Report on vaccination in Madras 1895-1903 - 1895-1903
Year: 1895
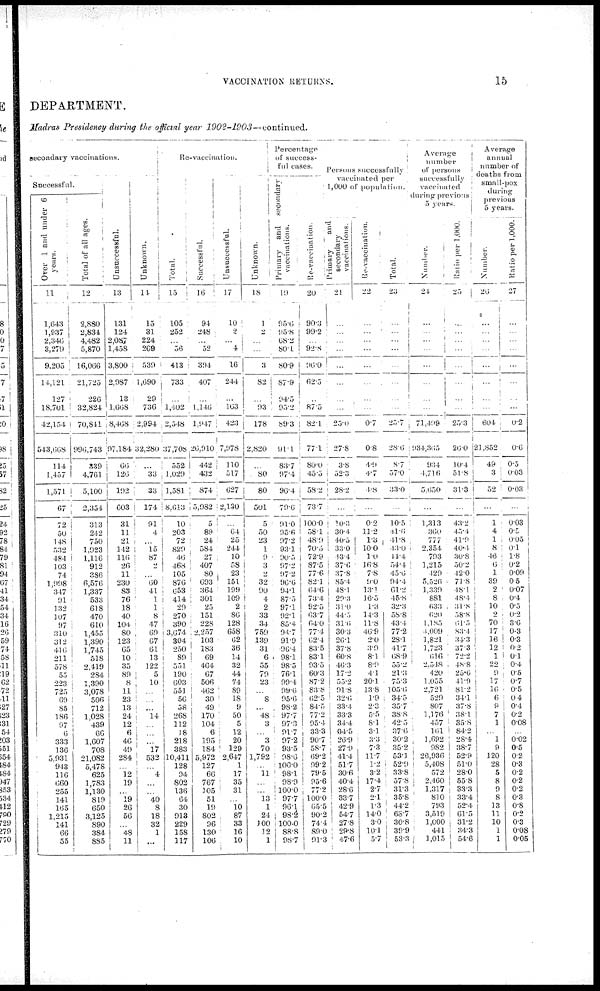
VACCINATION RETURNS.
15
DEPARTMENT.
Madras Presidency during the official year
1902-1903—continued.
secondary vaccinations.
Successful.
Over 1 and under 6
years.
11
1,643
1,937
2,346
3,279
9,205
14,121
127
18,701
42,154
543,668
114
1,457
1,571
67
72
50
148
532
484
103
74
1,998
347
91
132
107
97
310
312
416
211
578
55
223
725
60
85
186
97
6
333
136
5,031
943
116
660
255
141
165
1,215
141
66
55
Total of all ages.
12
2,880
2,834
4,482
5,870
16,066
21,725
226
32,824
70,841
996,743
339
4,761
5,100
2,354
313
242
750
1,923
1,116
912
386
6,576
1,337
533
618
470
610
1,455
1,390
1,745
518
2,419
284
1,390
3,078
506
712
1,028
439
66
1,607
708
21,082
5,478
625
1,783
1,130
819
650
3,125
890
384
885
Unsuccessful.
13
131
124
2,087
1,458
3,800
2,987
13
1,668
8,468
97,184
66
126
192
603
31
11
21
142
116
26
11
230
83
76
18
40
104
80
123
65
10
35
89
8
11
23
13
24
12
6
46
49
284
...
12
19
...
19
26
56
...
48
11
Re-vaccination.
Unknown.
14
15
31
224
269
539
1,690
29
736
2,994
32,280
...
33
33
174
91
4
...
15
87
...
...
60
41
1
1
8
47
69
67
61
13
122
5
10
...
...
...
14
...
...
...
17
532
...
4
...
...
40
8
18
32
1
...
Total.
15
105
252
...
56
413
733
...
1,402
2,548
37,708
552
1,029
1,581
8,613
10
203
72
829
46
468
105
876
653
414
29
270
390
3,674 ,
304
250
89
551
190
603
551
56
58
268
112
18
218
383
10,411
128
94
802
136
64
30
913
229
158
117
Successful.
16
94
248
...
52
394
407
...
1,146
1,947
26,910
442
432
874
5,982
5
89
24
584
27
407
80
693
364
301
25
151
228
2,257
103
183
69
464
67
506
462
30
49
170
104
6
195
184
5,972
127
66
767
105
51
19
802
96
130
106
Unsuccessful.
17
10
2
...
4
16
244
...
163
423
7,978
110
517
627
2,130
...
64
25
244
10
58
23
151
199
109
2
86
128
658
62
36
14
32
44
74
89
18
9
50
5
12
20
129
2,647
1
17
35
31
...
10
87
33
16
10
Unknown.
18
1
2
...
...
3
82
...
93
178
2,820
...
80
80
501
5
50
23
1
9
3
2
32
90
4
2
33
34
759
139
31
6
55
79
23
...
8
...
48
3
...
3
70
1,792
...
11
...
...
13
1
24
100
12
1
Percentage
of success-
ful cases.
Primary and
secondary
vaccinations.
19
95.6
95.8
68.2
80.1
80.9
87.9
94.5
952
89.3
91.1
83.7
97.4
96.4
79.6
91.0
95.6
97.2
93.1
90.5
97.2
97.2
96.6
94.1
87.5
97.1
92.1
85.4
94.7
91.9
96.4
98.1
98.5
76.1
99.4
99.6
95.6
98.2
97.7
97.3
91.7
97.2
93.5
98.6
100.0
98.1
98.9
100.0
97.7
96.1
98.2
100.0
88.8
98.7
Re-vaccination.
20
90.3
99.2
...
92.8
90.0
62.5
...
87.5
82.1
77.1
80.0
45.5
58.2
73.7
100.0
58.1
48.9
70.5
72.9
87.5
77.6
82.1
64.6
73.4
92.5
63.7
64.0
77.4
62.4
83.5
83.1
93.5
60.3
87.2
83.8
62.5
84.5
77.2
95.4
33.3
90.7
58.7
69.2
99.2
79.5
95.6
77.2
100.0
65.5
90.2
74.4
89.0
91.3
Persons successfully
vaccinated per
1,000 of population.
Primary
and
secondary
vaccinations.
21
...
...
...
...
...
...
...
...
25.0
27.8
3.8
52.3
28.2
...
10.3
30.4
40.5
33.0
43.4
37.6
37.8
85.4
48.1
29.3
31.0
44.5
31.6
30.3
26.1
37.8
60.8
40.3
17.2
55.2
91.8
32.6
33.4
33.3
34.4
84.5
26.9
27.9
2 41.4
51.7
30.6
40.4
28.6
33.7
42.9
54.7
27.8
29.8
47.6
Re-vaccination.
22
...
...
...
...
...
...
...
...
0.7
0.8
4.9
4.7
4.8
...
0.2
11.2
1.3
10.0
1.0
16.8
7.8
9.0
13.1
16.5
1.3
14.3
11.8
46.9
2.0
3.9
8.1
8.9
4.1
20.1
13.8
1.9
2.3
5.5
8.1
3.1
3.3
7.3
11.7
1.2
3.2
17.4
2.7
2.1
1.3
14.0
3.0
10.1
5.7
Total.
23
...
...
...
...
...
...
...
...
25.7
28.6
8.7
57.0
33.0
...
10.5
11.6
44.8
43.0
44.4
54.0
45.6
94.4
61.2
45.8
32.3
58.8
43.4
77.2
28.1
41.7
68.9
55.2
21.3
75.3
105.6
34.5
35.7
38.8
42.5
37.6
30.2
35.2
53.1
52.9
33.8
57.8
31.3
35.8
44.2
68.7
30.8
39.9
53.3
Average
number
of persons
successfully
vaccinated
during previous
5 years.
Number.
24
...
...
...
...
...
...
...
...
71,499
934,365
934
4,716
5,650
...
1,313
360
777
2,354
793
1,215
429
5,526
1,339
881
633
620
1,185
4,009
1,821
1,723
6l6
2,548
420
1,055
2,721
529
807
1,176
457
161
l,692
982
26,936
5,408
572
24,60
1,317
810
793
3,519
1,000
441
1,015
Ratio per 1,000.
25
...
...
...
...
...
...
...
...
25.3
20.0
10.4
51.8
31.3
...
43.2
45.4
41.9
40.4
30.8
50.2
42.0
71.8
48.1
48.4
31.8
58.8
01.5
83.4
34.3
37.3
72.2
48.8
25.6
41.9
81.2
34.1
37.8
38.1
35.8
84.2
28.4
38.7
52.9
51.0
28.0
55.8
33.3
33.4
52.4
61.5
31.2
34.3
54.6
Average
annual
number of
deaths from
small-pox
during
previous
5 years.
Number.
20
...
...
...
...
...
...
...
...
604 ,
21,852
49
3
52
...
1
4
1
8
46
6
1
39
2
8
10
2
70
17 16
12
1
22
9
17
16
6
9
7
1
...
1
9
120
28
5
8
9
8
13
11
10
1
1
Ratio per 1,000.
27
...
...
...
...
...
...
...
...
0.2
0.6
0.5
0.03
0.03
...
0.03
0.5
0.05
0.1
1.8
0.2
0.09
0.5
0.07
0.4
0.5
0.2
3.6
0.3
0.3
0.2
0.1
0.4
0.5
0.7
0.5
0.4
0.4
0.2
0.08
...
0.02
0.5
0.2
0.3
0.2
0.2
0.2
0.3
0.8
0.2
0.3
0.08
0.05